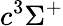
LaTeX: c^{3}\Sigma^{+}